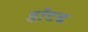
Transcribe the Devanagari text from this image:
हॉटब